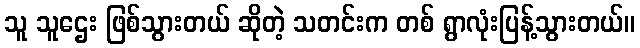
သူ သူဌေး ဖြစ်သွားတယ် ဆိုတဲ့ သတင်းက တစ် ရွာလုံးပြန့်သွားတယ်။